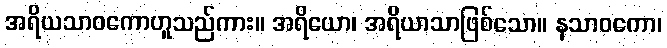
အရိယသာဝကောဟူသည်ကား။ အရိယော၊ အရိယာသာဖြစ်သော။ နသာဝကော၊